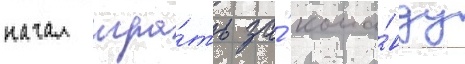
начал игра́ть за́ кома́нду